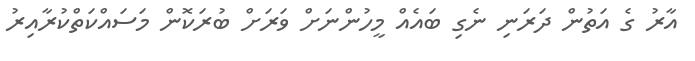
އާރު ގެ އަތުން ދަރަނި ނެގި ބައެއް މީހުންނަށް ވަރަށް ބުރަކޮން މަސައްކަތްކުރާއިރު